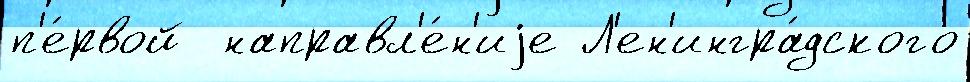
п'е́рвой  направл'е́н'иjе Л'ен'ингра́дского